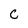
Character: C